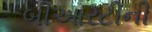
બીઆરટીની